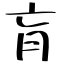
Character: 肓